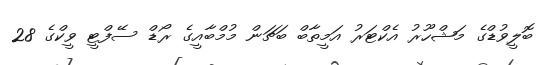
ބޮލީވުޑްގެ މަޝްހޫރު އެކްޓަރު އަމީތާބް ބަޗަން މުމްބާއީގެ ރޯޑް ސޭފްޓީ ވީކްގެ 28